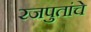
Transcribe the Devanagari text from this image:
रजपुतांचे